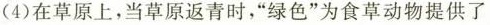
(4)在草原上，当草原返青时，”绿色”为食草动物提供了